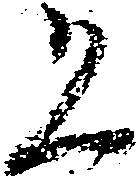
恐